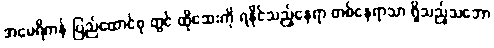
အမေရိကန် ပြည်ထောင်စု တွင် ထိုဆေးကို ရနိုင်သည့်နေရာ တစ်နေရာသာ ရှိသည့်သဘော